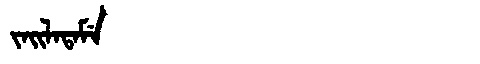
Manchu: ᠵᠠᡳᠯᠠᡨᠠᠮᡝ
Romanization: JAILATAME